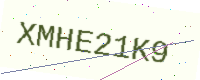
Text: XMHE21K9